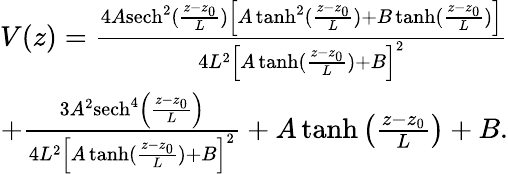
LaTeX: \begin{array}{r}{V(z)=\frac{4A\textrm{sech}^{2}(\frac{z-z_{0}}{L})\left[A\operatorname{tanh}^{2}(\frac{z-z_{0}}{L})+B\operatorname{tanh}(\frac{z-z_{0}}{L})\right]}{4L^{2}\left[A\operatorname{tanh}(\frac{z-z_{0}}{L})+B\right]^{2}}}\\ {+\frac{3A^{2}\textrm{sech}^{4}\left(\frac{z-z_{0}}{L}\right)}{4L^{2}\left[A\operatorname{tanh}(\frac{z-z_{0}}{L})+B\right]^{2}}+A\operatorname{tanh}\left(\frac{z-z_{0}}{L}\right)+B.}\end{array}